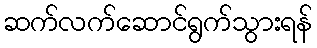
ဆက်လက်ဆောင်ရွက်သွားရန်